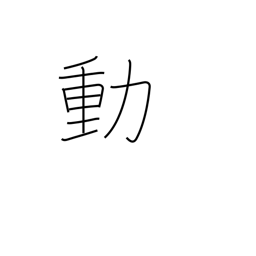
Meaning: confusion